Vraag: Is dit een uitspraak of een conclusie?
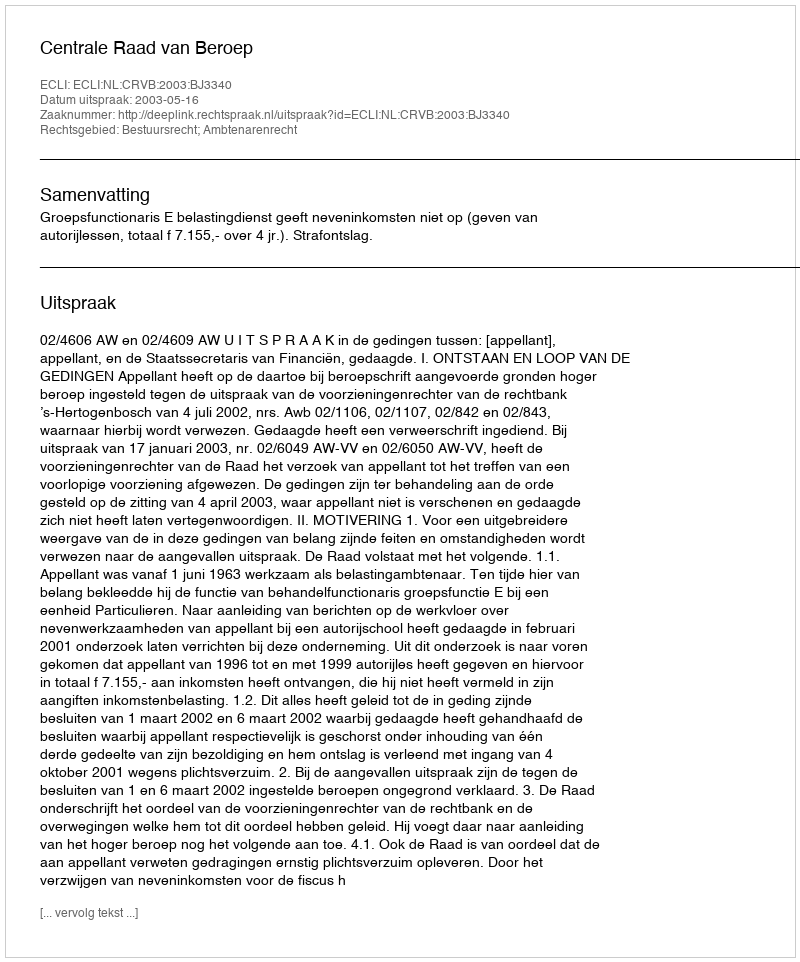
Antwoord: Uitspraak